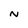
Character: N